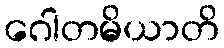
ဂေါတမိယာတိ